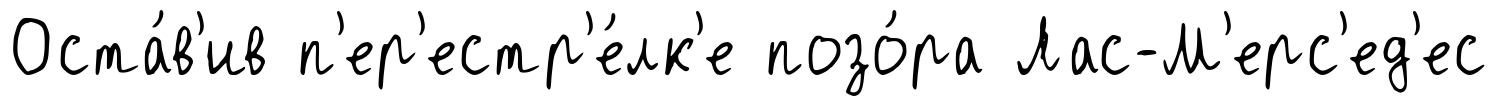
Оста́в'ив п'ер'естр'е́лк'е позо́ра Лас-М'ерс'ед'ес